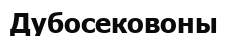
Дубосековоны